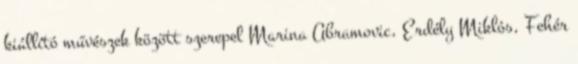
kiállító művészek között szerepel Marina Abramovic, Erdély Miklós, Fehér